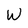
Character: W